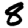
Digit: 8